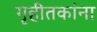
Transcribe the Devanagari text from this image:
गृहीतकांना